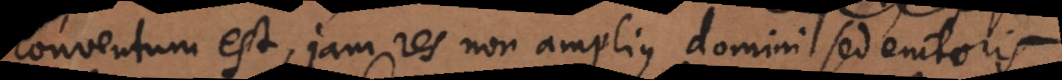
entum est, jam res non amplius domini sed emtoris